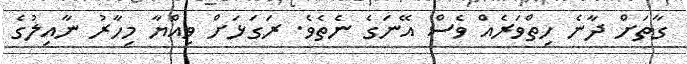
ގާތަށް ދާނެ ހިތްވަރެއް ވެސް އޭނަގެ ނެތެވެ. ރަގަޅަށް ވިއްޔާ މިހާރު ނާއިލުގެ